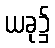
ယခု၌